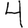
Digit: 4